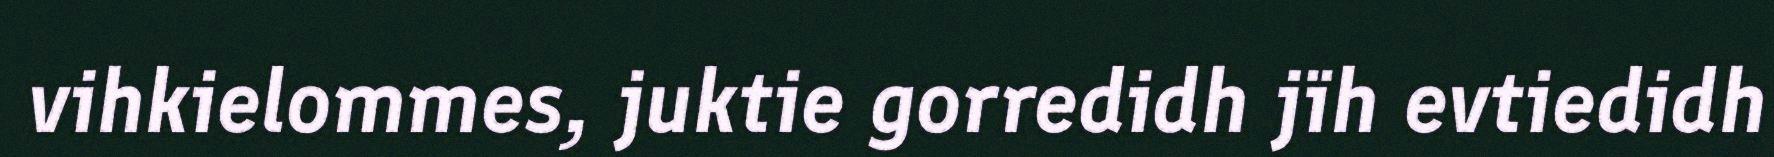
vihkielommes, juktie gorredidh jïh evtiedidh